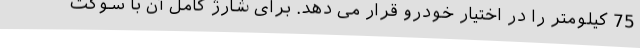
75 کیلومتر را در اختیار خودرو قرار می دهد. برای شارژ کامل آن با سوکت